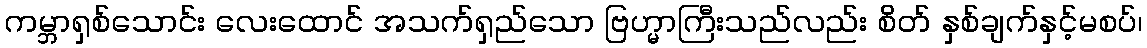
ကမ္ဘာရှစ်သောင်း လေးထောင် အသက်ရှည်သော ဗြဟ္မာကြီးသည်လည်း စိတ် နှစ်ချက်နှင့်မစပ်၊